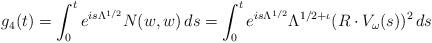
LaTeX: \begin{align*} g_4(t) = \int_0^t e^{is\Lambda^{1/2}} N(w,w)\, ds = \int_0^t e^{is\Lambda^{1/2}} \Lambda^{1/2 + \iota} (R\cdot V_\omega(s))^2\,ds \end{align*}